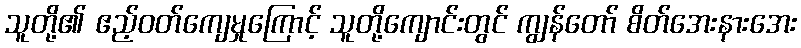
သူတို့၏ ဧည့်ဝတ်ကျေမှုကြောင့် သူတို့ကျောင်းတွင် ကျွန်တော် စိတ်အေးနားအေး